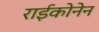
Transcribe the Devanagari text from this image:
राईकोनेन